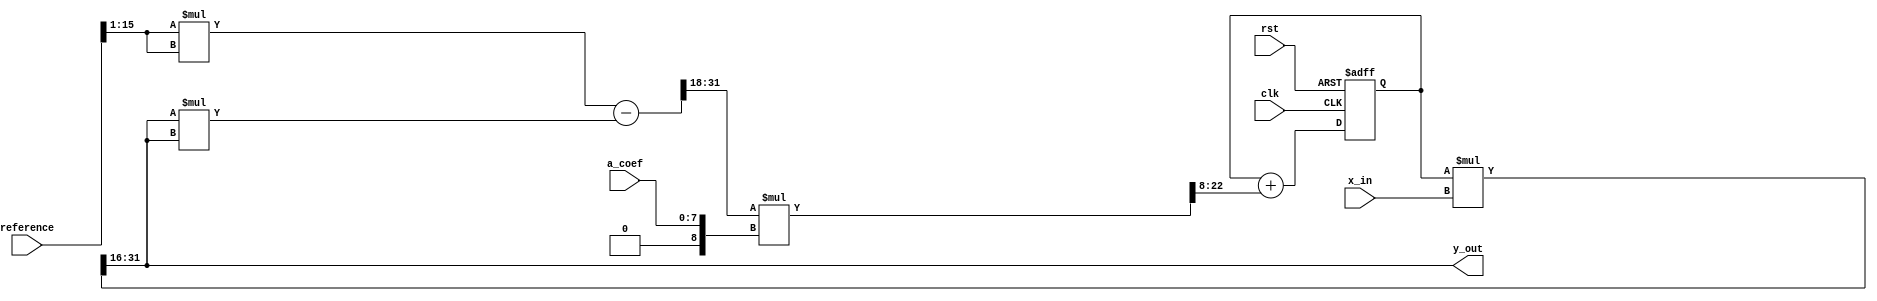
// This program was cloned from: https://github.com/Digital-EDA/Digital-IDE
// License: MIT License

module AGC(
	input  wire 			  clk,
	input  wire 			  rst,
	input  wire        [7:0]  a_coef,
	input  wire        [15:0] reference,
	input  wire signed [15:0] x_in,
	output wire signed [15:0] y_out
);
		
wire        [31:0] x_mod;		
wire        [31:0] ref_rms;	
wire signed [8:0]  a_coef_s;	
wire signed [32:0] tmp_level;
wire signed [32:0] feedback_level;
reg  signed [32:0] zreg;	

assign ref_rms        = (reference[15:1] * reference[15:1]);
assign a_coef_s       = { 1'b0, a_coef};
		
assign x_mod          = (y_out * y_out);
assign tmp_level      = ($signed(ref_rms - x_mod))>>>18;
assign feedback_level = (tmp_level * a_coef_s) >>> 8;

always @(posedge clk or negedge rst) begin	
	if (!rst) 
		zreg <= 'h0;
	else 
		zreg <=  zreg + feedback_level;
end

assign y_out = (zreg * x_in) >>>16;

endmodule